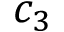
c _ { 3 }